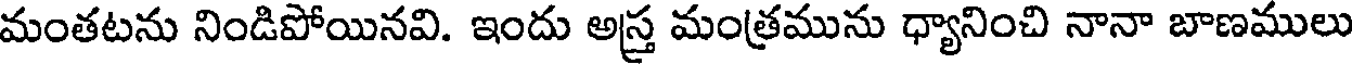
మంతటను నిండిపోయినవి. ఇందు అస్త్ర మంత్రమును ధ్యానించి నానా బాణములు